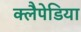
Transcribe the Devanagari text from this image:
क्लैपेडिया